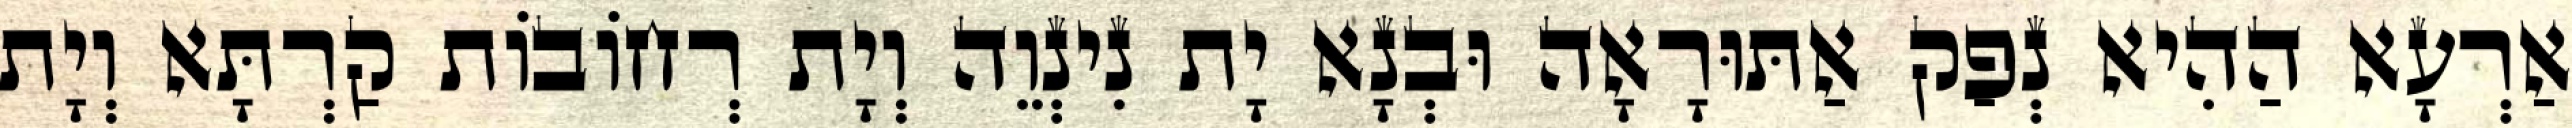
אַרְעָא הַהִיא נְפַק אַתּוּרָאָה וּבְנָא יָת נִינְוֵה וְיָת רְחוֹבוֹת קַרְתָּא וְיָת